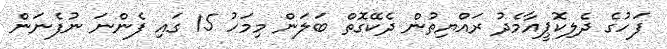
ފަހުގެ ދެލިކޮޕީއާމެދު ރައްޔިތުން ދެކޭގޮތް ބަލަން މިމަހު 15 ގައި ފެންނަ ނުފެނަން